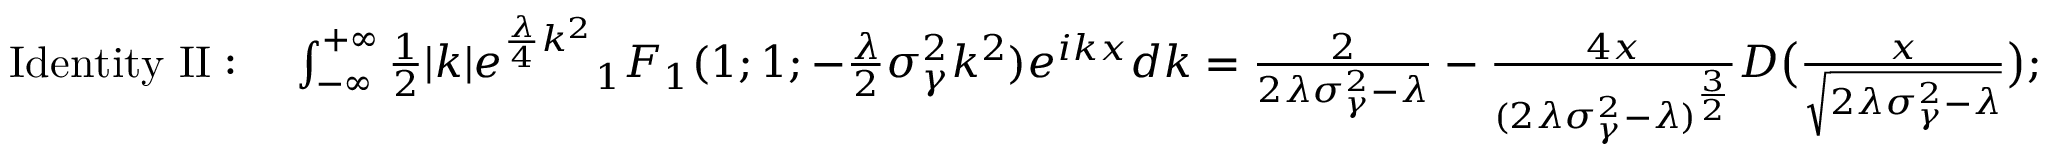
\begin{array} { r l r } & { \mathrm { I d e n t i t y \ I I : } \ } & { \int _ { - \infty } ^ { + \infty } \frac { 1 } { 2 } | k | e ^ { \frac { \lambda } { 4 } k ^ { 2 } } { _ 1 F _ { 1 } } ( 1 ; 1 ; - \frac { \lambda } { 2 } \sigma _ { \gamma } ^ { 2 } k ^ { 2 } ) e ^ { i k x } d k = \frac { 2 } { 2 \lambda \sigma _ { \gamma } ^ { 2 } - \lambda } - \frac { 4 x } { ( 2 \lambda \sigma _ { \gamma } ^ { 2 } - \lambda ) ^ { \frac { 3 } { 2 } } } D \big ( \frac { x } { \sqrt { 2 \lambda \sigma _ { \gamma } ^ { 2 } - \lambda } } \big ) ; } \end{array}